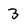
Character: 3